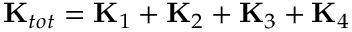
\mathbf { { K } } _ { t o t } = \mathbf { { K } } _ { 1 } + \mathbf { { K } } _ { 2 } + \mathbf { { K } } _ { 3 } + \mathbf { { K } } _ { 4 }